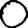
Digit: 0